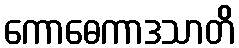
ကောဓေကာဒသာတိ